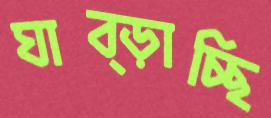
ঘাব্‌ড়াচ্ছি